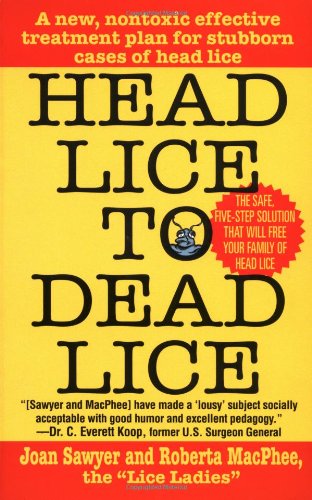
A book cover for Head Lice To Dead Lice; Joan Sawyer; Health, Fitness & Dieting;